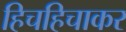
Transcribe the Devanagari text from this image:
हिचहिचाकर